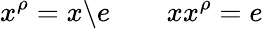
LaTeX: x^{\rho}=x\backslash e\qquad xx^{\rho}=e